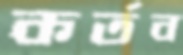
কর্তব